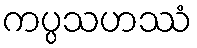
ကပ္ပသဟဿံ